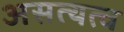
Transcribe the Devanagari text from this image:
असत्यत्व